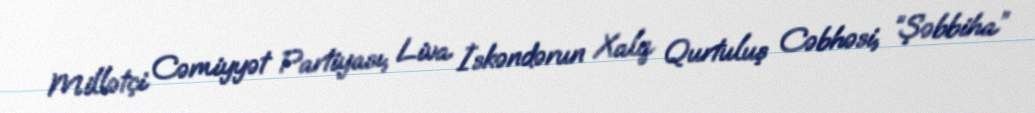
Millətçi Cəmiyyət Partiyası, Liva İskəndərun Xalq Qurtuluş Cəbhəsi, “Şəbbiha”